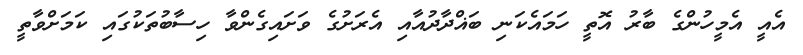
އެއީ އެމީހުންގެ ބާރު އޮތީ ހަމައެކަނި ބަޣްދާދުއާއި އެރަށުގެ ވަށައިގެންވާ ހިސާބުތަކުގައި ކަމަށްވާތީ